Cholera in India, 1862 to 1881
Year: 1862
Disease focus: Cholera
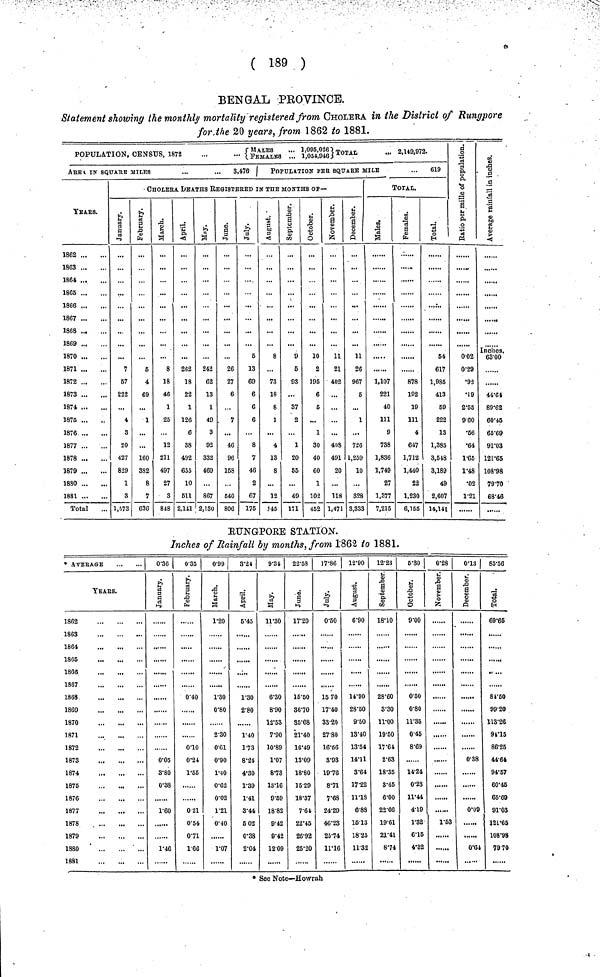
( 189 )
BENGAL PROVINCE.
Statement showing the monthly mortality registered from CHOLERA in the District of Rungpore
for the 20 years, from 1862 to 1881.
POPULATION, CENSUS, 1872 {MALES FEMALES... 1,095, 1,054 } TOTAL -2,149,972.
AREA IN SQUARE MILES
...
...
3,476
YEARS.
1862
1863
1864
1865
1866
1867
1868
1869
1870
1871
1872
1873
1874
1875
1876
1877
1878
1879
1880
1881
Total
POPULATION PER SQUARE MILE
...
619
CHOLERA DEATHS REGISTERED IN THE MONTHS OF—
January.
7
67
222
4
3
20
427
829
1
3
1,573
February.
6
4
69
1
160
882
8
7
636
March.
8
18
46
1
25
12
211
497
27
3
848
April.
262
18
22
1
126
6
38
492
655
10
511
2,141
May.
242
62
13
1
49
3
92
332
469
...
867
2,130
June.
26
27
6
7
46
96
158
540
806
July.
6
13
69
6
6
6
8
7
43
2
67
176
August.
8
...
73
18
8
1
4
13
8
12
145
September.
9
5
93
...
37
2
1
20
55
...
49
171
October.
10
2
195
6
5
...
1
30
40
60
1
102
452
November.
11
21
402
...
408
491
20
...
118
1,471
December.
11
26
967
5
...
1
...
726
1,259
10
...
328
3,333
TOTAL.
Males.
1,107
221
40
111
9
788
1,836
1,749
27
1,377
7,215
Females.
878
192
19
111
4
647
1,712
1,440
22
1,230
6,155
Total.
54
617
1,985
413
59
222
13
1,385
3,548
3,189
49
2,607
14,141
Ratio per mille
of population.
0.02
0.29
•92
•19
2.55
9.60
•66
•64
1.65
1.48
•02
1.21
Average rainfall
in inches.
Inches.
63.00
,
44.64
89.62
60.45
65.69
91.03
121.65
108.98
79.70
68.46
RUNGPORE STATION.
Inches of Rainfall by months, from 1862 to 1881.
• AVERAGE
YEARS.
1862
1863
1864
1865
1866
1867
1868
1869
1870
1871
1872
1873
1874
1875
1876
1877
1878
1879
1880
1881
0.36
January.
0.05
3.80
0.38
1.60
1.46
0.35
February.
0.40
0.10
0.24
1.55
0 21
0.54
0.71
1.66
0.99
March.
1.20
1.30
0.80
2.30
0.61
0.90
1.40
0.62
0.02
1.21
0.40
1.07
3-24 |
April.
5.45
1.30
2.80
1.40
1.73
8.24
4.30
1.39
1.41
3.44
5 02
0.38
2.04
9.34
May.
11.30
6.30
8.90
12.53
7.90
10.89
1.07
8.73
13.16
9.59
18.82
9.42
9.42
12.09
22.58
June.
17.20
15.50
36.70
35.68
21.40
16.49
13.09
18.80
15.29
18.37
7.64
22.45
26.92
25.20
17.86
July.
0.50
15 70
17.40
33.20
27.80
16.56
3.93
19.76
8.71
7.68
24.29
46.23
25.74
11.16
12.90 |
August.
6.90
14.90
28.50
9.50
13.40
13.54
14.11
3.64
17.22
11.18
6.83
15.13
18.25
11.32
12.23
September.
18.10
28.60
3.30
11.00
19.60
17.64
2.63
18.35
8.45
6.00
22.66
19.61
21.41
8.74
5.30
October.
9.00
0.50
0.80
11.35
0.45
8.69
14.24
0.23
11.44
4.19
1.32
6.15
4.32
0.28
November.
1.53
0.13
December.
0.38
0.09
0.64
85.56
Total.
69.65
84.50
99.20
113.26
94.15
86.25
44.64
94.57
60.45
65.69
91.03
121.65
108.98
7070
• See Note—Howrah